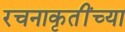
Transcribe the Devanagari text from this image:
रचनाकृतींच्या